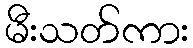
မီးသတ်ကား